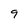
Character: 9